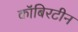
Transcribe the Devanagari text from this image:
कॉबिरटीन